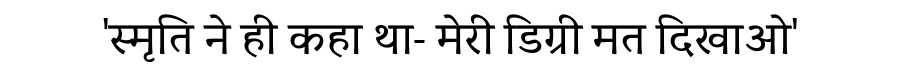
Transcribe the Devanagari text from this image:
'स्मृति ने ही कहा था- मेरी डिग्री मत दिखाओ'